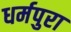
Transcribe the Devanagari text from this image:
धर्मपुरा